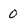
Character: 0